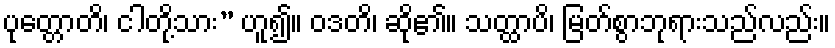
ပုတ္တောတိ၊ ငါတို့သား” ဟူ၍။ ဝဒတိ၊ ဆို၏။ သတ္ထာပိ၊ မြတ်စွာဘုရားသည်လည်း။